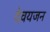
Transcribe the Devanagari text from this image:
देवयजन